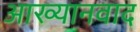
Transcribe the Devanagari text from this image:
आख्यानवाद